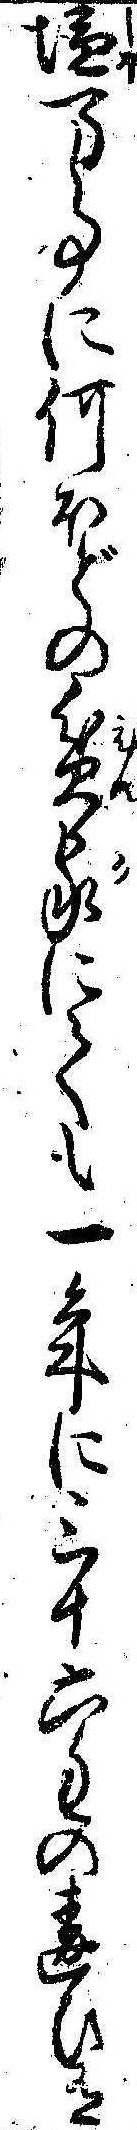
塩万事に何ほどの貧家にても一年に三十六匁の違ひ有